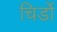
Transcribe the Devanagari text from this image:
चिर्डो